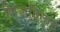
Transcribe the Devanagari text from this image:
शिजवितात